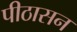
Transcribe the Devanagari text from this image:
पीठासन